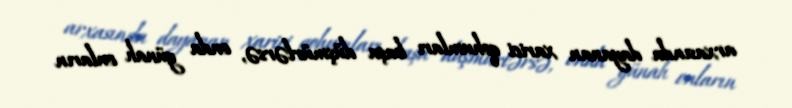
arxasında dayanan xarici qohumları başa düşmürlərsə, onda günah onların